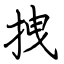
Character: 拽